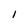
Character: 1